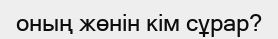
оның жөнін кім сұрар?